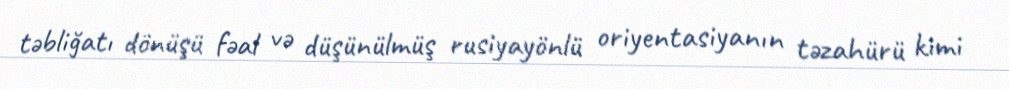
təbliğatı dönüşü fəal və düşünülmüş rusiyayönlü oriyentasiyanın təzahürü kimi